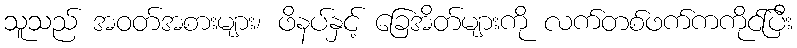
သူသည် အဝတ်အစားများ၊ ဖိနပ်နှင့် ခြေအိတ်များကို လက်တစ်ဖက်ကကိုင်ပြီး